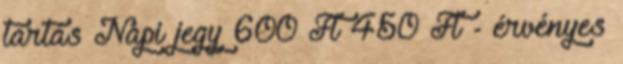
tartás Napi jegy 600 Ft 450 Ft - érvényes